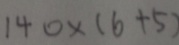
1 4 0 \times ( 6 + 5 )